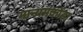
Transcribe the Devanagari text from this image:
मान्यमकोंडा